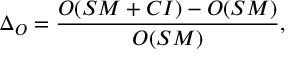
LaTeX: \Delta _ { \cal O } = \frac { { \cal O } ( S M + C I ) - { \cal O } ( S M ) } { { \cal O } ( S M ) } ,